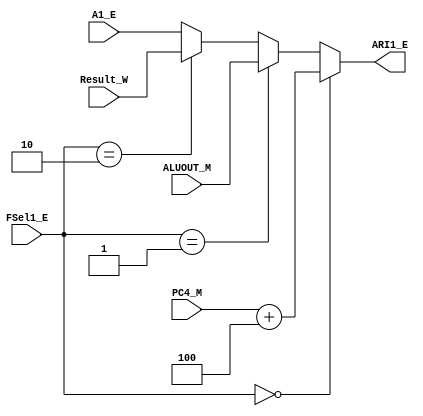
`timescale 1ns / 1ps
//////////////////////////////////////////////////////////////////////////////////
// Company: 
// Engineer: 
// 
// Design Name: 
// Module Name:    E_MUX1 
// Project Name: 
// Target Devices: 
// Tool versions: 
// Description: 
//
// Dependencies: 
//
// Revision: 
// Revision 0.01 - File Created
// Additional Comments: 
//
//////////////////////////////////////////////////////////////////////////////////
module E_MUX1(
    input [31:0] A1_E,
	 input [31:0] PC4_M,
    input [31:0] ALUOUT_M,
    input [31:0] Result_W,
	 input [2:0] FSel1_E,
    output [31:0] ARI1_E
    );

assign ARI1_E = (FSel1_E == 3'b000) ? PC4_M + 4 :
					 (FSel1_E == 3'b001) ? ALUOUT_M :
					 (FSel1_E == 3'b010) ? Result_W :
					 A1_E;

endmodule


module E_MUX2(
	input [31:0] A2_E0,
	input [31:0] PC4_M,
	input [31:0] ALUOUT_M,
	input [31:0] Result_W,
	input [2:0] FSel2_E,
	output [31:0] A2_E
	);
	
assign A2_E = (FSel2_E == 3'b000) ? PC4_M + 4 :
				  (FSel2_E == 3'b001) ? ALUOUT_M :
				  (FSel2_E == 3'b010) ? Result_W :
				  A2_E0;
				 
endmodule


module E_MUX3(
	input [31:0] A2_E,
	input [31:0] EXT_E,
	input ASel_E,
	output [31:0] ARI2_E
	);

assign ARI2_E = (ASel_E == 0) ? A2_E : EXT_E;

endmodule